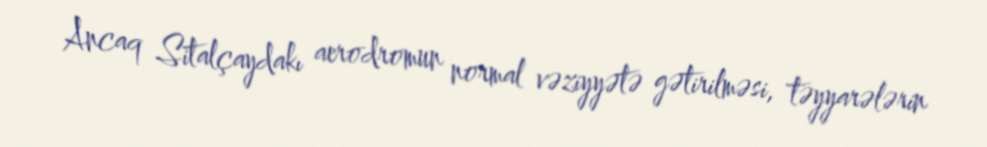
Ancaq Sitalçaydakı aerodromun normal vəziyyətə gətirilməsi, təyyarələrin